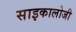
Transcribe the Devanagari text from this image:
साइकालोजी